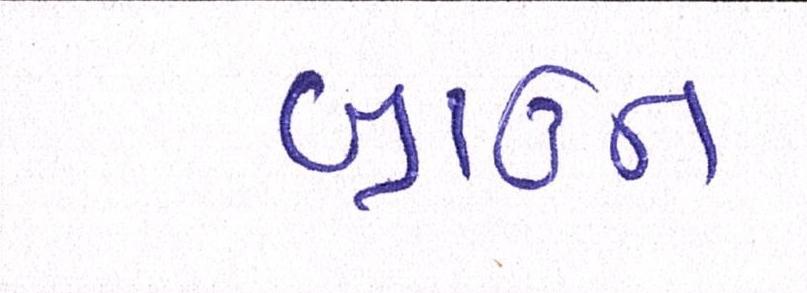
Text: બ્રાઉન